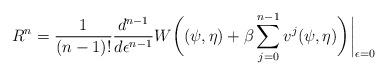
LaTeX: \begin{align*}R^n = \frac{1}{(n-1)!}\frac{d^{n-1}}{d\epsilon^{n-1}} W\bigg((\psi,\eta) + \beta \sum_{j=0}^{n-1} v^j(\psi,\eta)\bigg)\bigg|_{\epsilon=0}\end{align*}